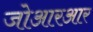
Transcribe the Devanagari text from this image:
जोआरआर